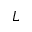
L